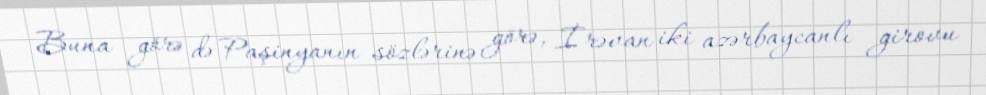
Buna görə də Paşinyanın sözlərinə görə, İrəvan iki azərbaycanlı girovu